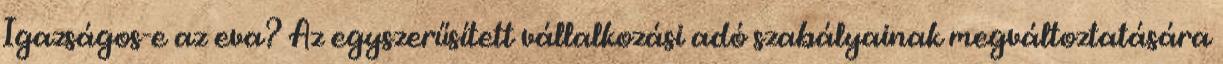
Igazságos-e az eva? Az egyszerűsített vállalkozási adó szabályainak megváltoztatására